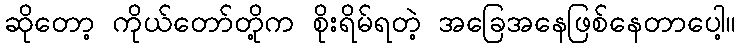
ဆိုတော့ ကိုယ်တော်တို့က စိုးရိမ်ရတဲ့ အခြေအနေဖြစ်နေတာပေါ့။